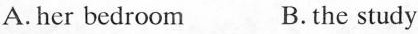
A.her bedroom B.the study